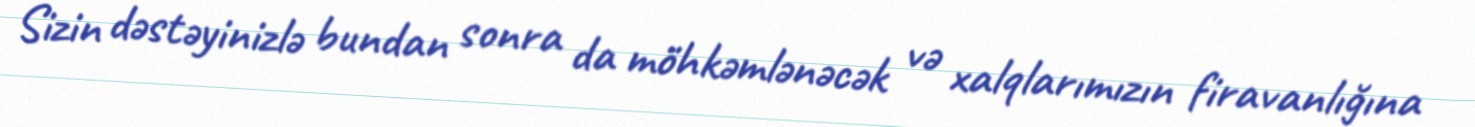
Sizin dəstəyinizlə bundan sonra da möhkəmlənəcək və xalqlarımızın firavanlığına